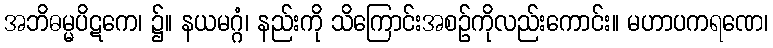
အဘိဓမ္မပိဋကေ၊ ၌။ နယမဂ္ဂံ၊ နည်းကို သိကြောင်းအစဉ်ကိုလည်းကောင်း။ မဟာပကရဏေ၊